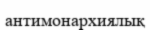
антимонархиялық